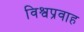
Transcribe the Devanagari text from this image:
विश्वप्रवाह